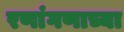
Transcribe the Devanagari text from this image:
रणांगणाच्या